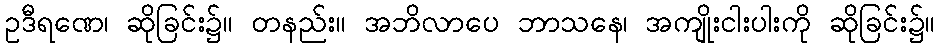
ဥဒီရဏေ၊ ဆိုခြင်း၌။ တနည်း။ အဘိလာပေ ဘာသနေ၊ အကျိုးငါးပါးကို ဆိုခြင်း၌။